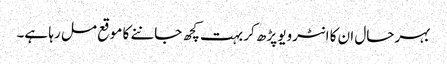
بہرحال ان کا انٹرویو پڑھ کر بہت کچھ جاننے کا موقع مل رہا ہے۔